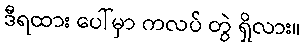
ဒီရထား ပေါ်မှာ ကလပ် တွဲ ရှိလား။